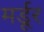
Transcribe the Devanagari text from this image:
मर्डूर